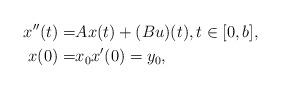
LaTeX: \begin{align*}x''(t)=&Ax(t)+(Bu)(t),t\in [0,b], \\x(0)=&x_0 x'(0)=y_0,\end{align*}